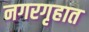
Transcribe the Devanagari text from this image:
नगरगृहात